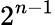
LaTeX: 2^{n-1}